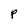
Character: P